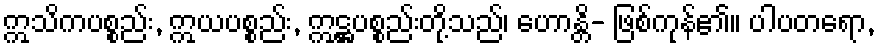
ဣသိကပစ္စည်း, ဣယပစ္စည်း, ဣဋ္ဌပစ္စည်းတို့သည်၊ ဟောန္တိ- ဖြစ်ကုန်၏။ ပါပတရော,